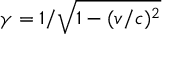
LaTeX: \gamma = 1 / { \sqrt { 1 - ( v / c ) ^ { 2 } } }